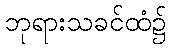
ဘုရားသခင်ထံ၌